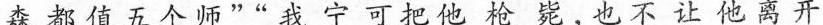
森都值五个师””我宁可把他抢毙，也不让他离开